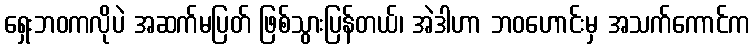
ရှေးဘဝကလိုပဲ အဆက်မပြတ် ဖြစ်သွားပြန်တယ်၊ အဲဒါဟာ ဘဝဟောင်းမှ အသက်ကောင်က